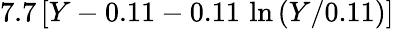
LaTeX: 7.7\, [Y-0.11-0.11\, \ln{(Y/0.11)}]